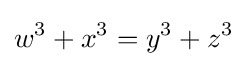
w^{3}+x^{3}=y^{3}+z^{3}